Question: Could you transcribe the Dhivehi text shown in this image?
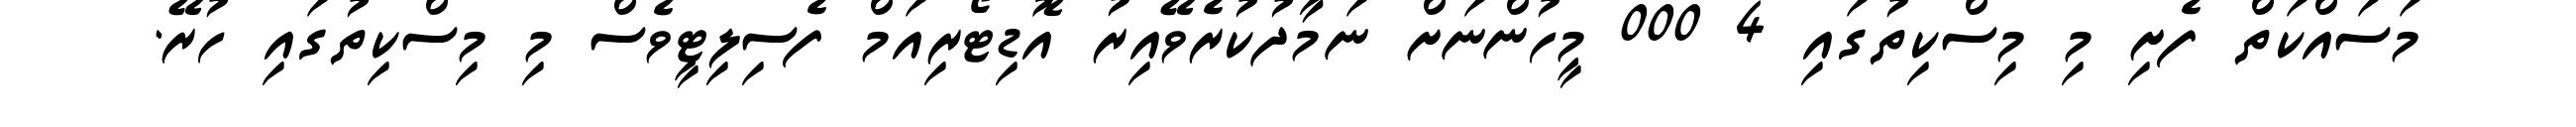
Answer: މަސައްކަތް ފެށި މި މިސްކިތުގައި 4 000 މީހުންނަށް ނަމާދުކުރެވޭއިރު އޮޑިޓޯރިއަމް ފެސިލިޓީވެސް މި މިސްކިތުގައި ހުރޭ.